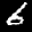
Label: 6